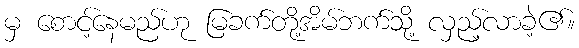
မှ စောင့်နေမည်ဟု မြခက်တို့အိမ်ဘက်သို့ လှည့်လာခဲ့၏။